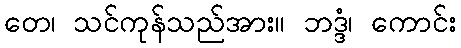
တေ၊ သင်ကုန်သည်အား။ ဘဒ္ဒံ၊ ကောင်း